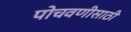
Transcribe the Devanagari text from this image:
पोचवणीसाठी